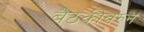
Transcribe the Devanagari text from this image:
बैठकीवरुन